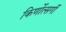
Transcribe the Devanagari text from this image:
किर्णोत्सर्गी